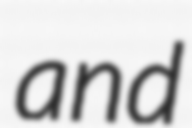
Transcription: and